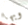
وبها